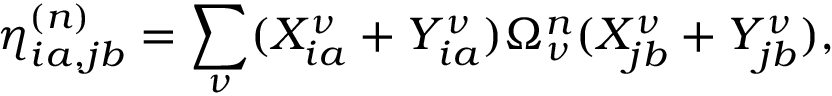
\eta _ { i a , j b } ^ { ( n ) } = \sum _ { \nu } ( X _ { i a } ^ { \nu } + Y _ { i a } ^ { \nu } ) \Omega _ { \nu } ^ { n } ( X _ { j b } ^ { \nu } + Y _ { j b } ^ { \nu } ) ,